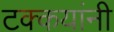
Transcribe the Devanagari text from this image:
टक्कयांनी